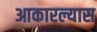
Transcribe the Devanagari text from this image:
आकारल्यास